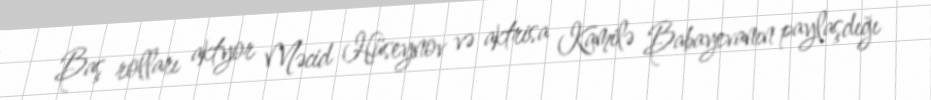
Baş rolları aktyor Məcid Hüseynov və aktrisa Kamilə Babayevanın paylaşdığı